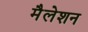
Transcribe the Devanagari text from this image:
मैलेशन